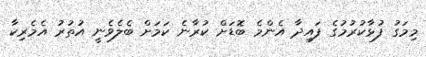
މިމަގު ފުޅާކުރުމުގެ ފައިދާ އެންމެ ބޮޑަށް ކުރާނެ ކަމަށް ބެލެވެނީ އުތުރު އެމެރިކާ